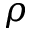
\rho